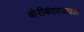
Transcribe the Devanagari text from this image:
बोरीबंदरजवळ